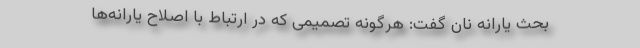
بحث یارانه نان گفت: هرگونه تصمیمی که در ارتباط با اصلاح یارانه‌ها